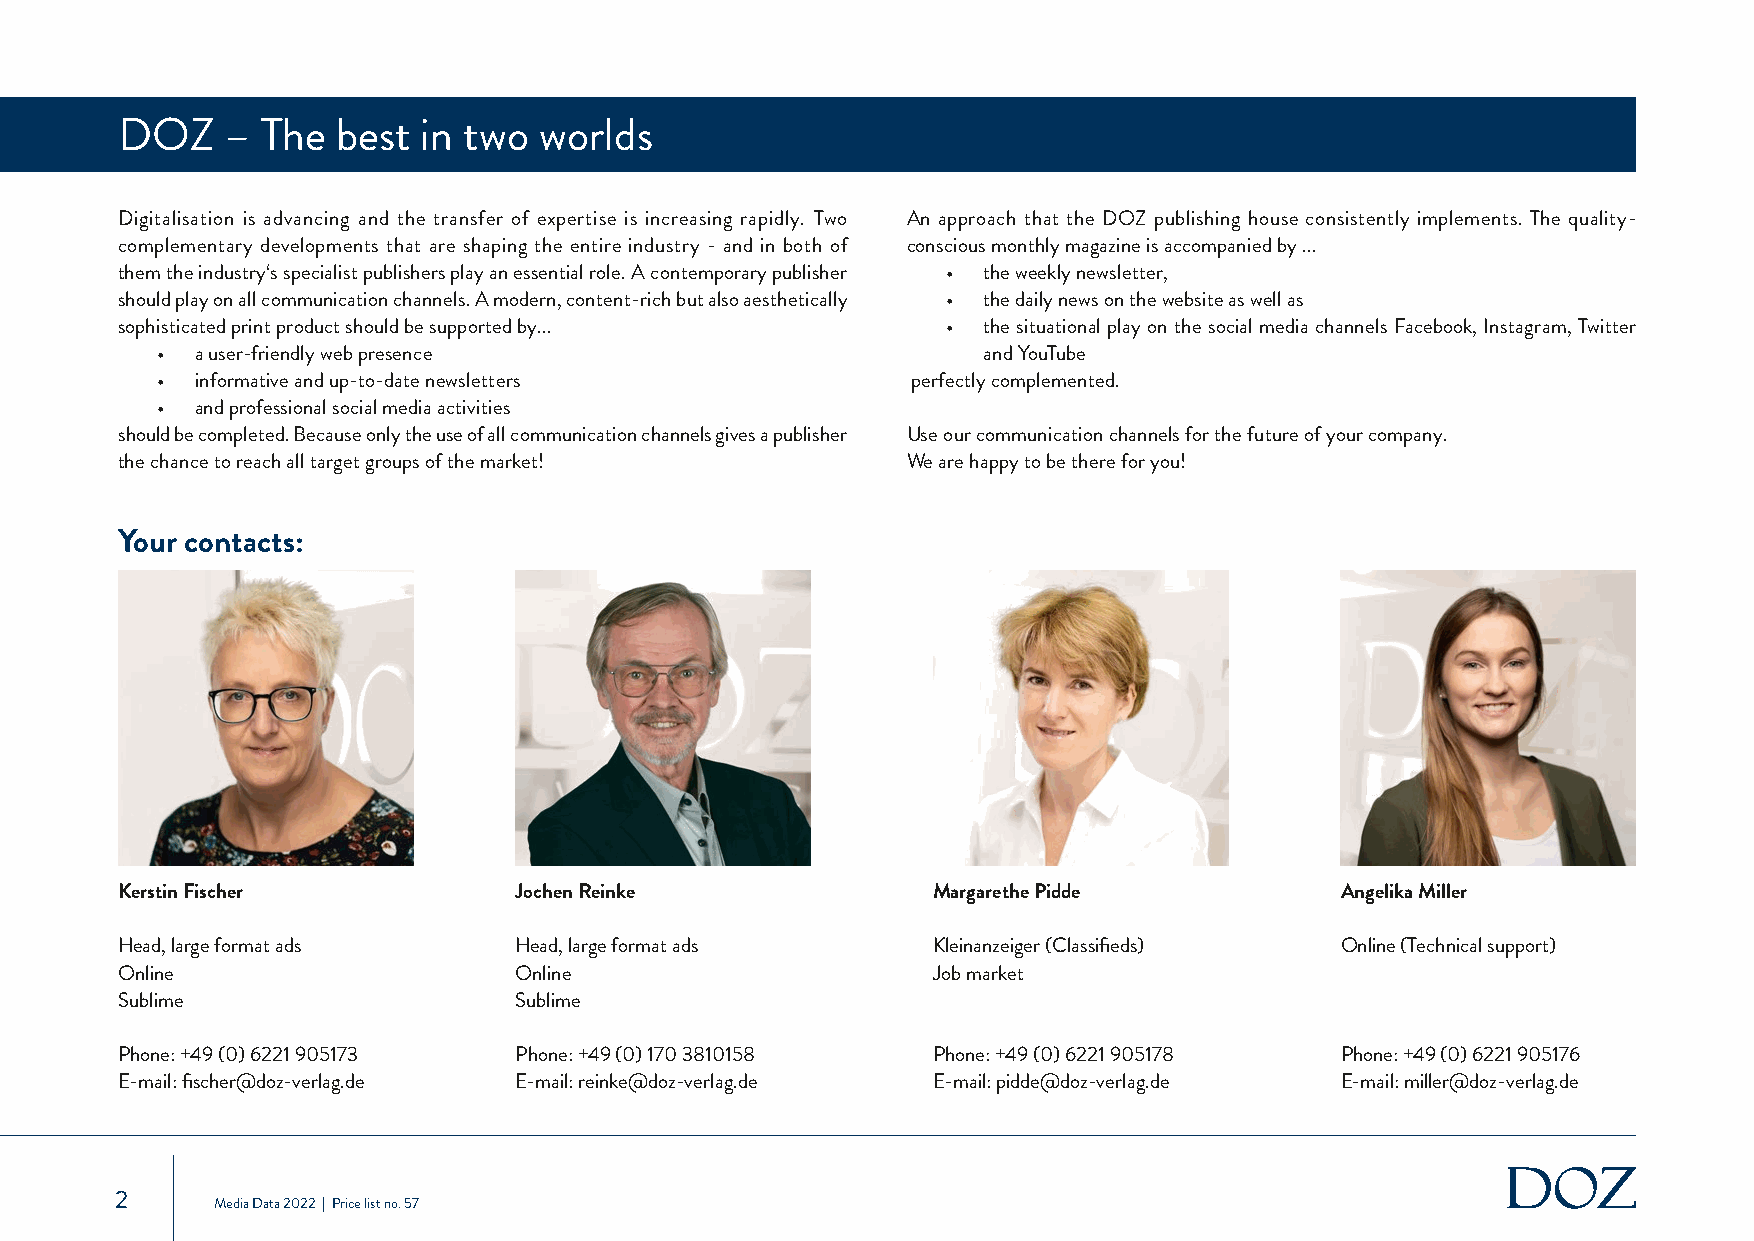
DOZ    – The  best  in two  worlds
 Digitalisation is advancing and the transfer of expertise is increasing rapidly. Two An approach that the DOZ publishing house consistently implements. The quality-
 complementary developments that are shaping the entire industry - and in both of conscious monthly magazine is accompanied by ...
 them the industry‘s specialist publishers play an essential role. A contemporary publisher • the weekly newsletter,
 should play on all communication channels. A modern, content-rich but also aesthetically • the daily news on the website as well as
 sophisticated print product should be supported by...  • the situational play on the social media channels Facebook, Instagram, Twitter
 •  a user-friendly web presence                        and YouTube
 •  informative and up-to-date newsletters         perfectly complemented.
 •  and professional social media activities
 should be completed. Because only the use of all communication channels gives a publisher Use our communication channels for the future of your company.
 the chance to reach all target groups of the market! We are happy to be there for you!
 Your contacts:
 Kerstin Fischer           Jochen Reinke               Margarethe Pidde           Angelika Miller
 Head, large format ads    Head, large format ads      Kleinanzeiger (Classifieds) Online (Technical support)
 Online                    Online                      Job market
 Sublime                   Sublime
 Phone: +49 (0) 6221 905173 Phone: +49 (0) 170 3810158 Phone: +49 (0) 6221 905178 Phone: +49 (0) 6221 905176
 E-mail: fischer@doz-verlag.de E-mail: reinke@doz-verlag.de E-mail: pidde@doz-verlag.de E-mail: miller@doz-verlag.de
 2
 Media Data 2022 | Price list no. 57